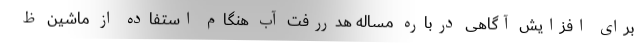
برای افزایش آگاهی درباره مساله هدررفت آب هنگام استفاده از ماشین ظ